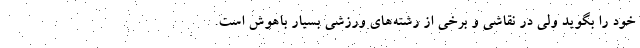
خود را بگوید ولی در نقاشی و برخی از رشته‌های ورزشی بسیار باهوش است.